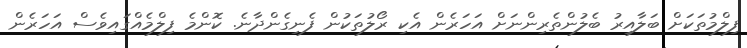
ފިލްމުތަކަށް ބަލާއިރު ބެލުންތެރިންނަށް އަހަރެން އެކި ރޯލުތަކުން ފެނިގެންދާނެ. ކޮންމެ ފިލްމެއްގައިވެސް އަހަރެން